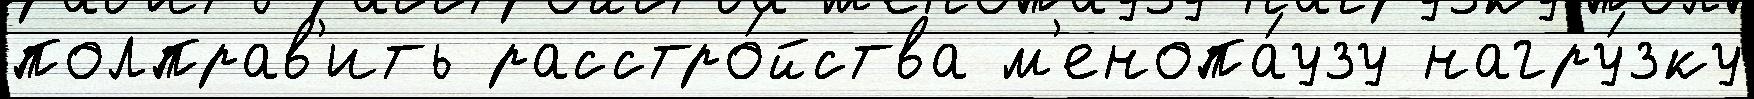
полправ'ить расстро́йства м'енопа́узу нагру́зку